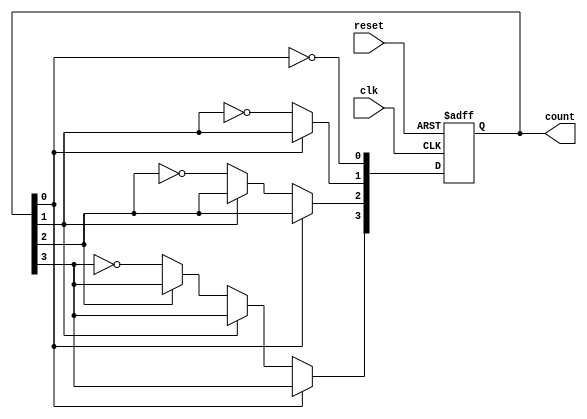
module cascaded_counter #(
    parameter N = 4 // Number of bits (can be adjusted)
)(
    input wire clk,       // Clock signal
    input wire reset,     // Asynchronous reset signal
    output wire [N-1:0] count // Current count output
);

// Internal signals for the flip-flops
reg [N-1:0] counter_reg;

// Assign the internal counter to the output
assign count = counter_reg;

// Always block for the counter logic
always @(posedge clk or posedge reset) begin
    if (reset) begin
        counter_reg <= 0; // Reset the counter to zero
    end else begin
        // Counting logic with cascading effect
        counter_reg[0] <= ~counter_reg[0]; // Toggle LSB
        if (counter_reg[0] == 1'b0) begin
            counter_reg[1] <= ~counter_reg[1]; // Toggle next bit if LSB transitioned from 1 to 0
            if (counter_reg[1] == 1'b0) begin
                counter_reg[2] <= ~counter_reg[2]; // Continue up the chain
                if (counter_reg[2] == 1'b0) begin
                    counter_reg[3] <= ~counter_reg[3]; // For 4-bit counter, toggle MSB
                end
            end
        end
    end
end

endmodule